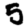
Digit: 5